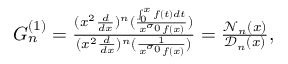
\begin{array} { r } { G _ { n } ^ { ( 1 ) } = \frac { ( x ^ { 2 } \frac { d } { d x } ) ^ { n } ( \frac { \int _ { 0 } ^ { x } f ( t ) d t } { x ^ { \sigma _ { 0 } } f ( x ) } ) } { ( x ^ { 2 } \frac { d } { d x } ) ^ { n } ( \frac { 1 } { x ^ { \sigma _ { 0 } } f ( x ) } ) } = \frac { \mathcal { N } _ { n } ( x ) } { \mathcal { D } _ { n } ( x ) } , } \end{array}